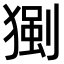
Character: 𤠧